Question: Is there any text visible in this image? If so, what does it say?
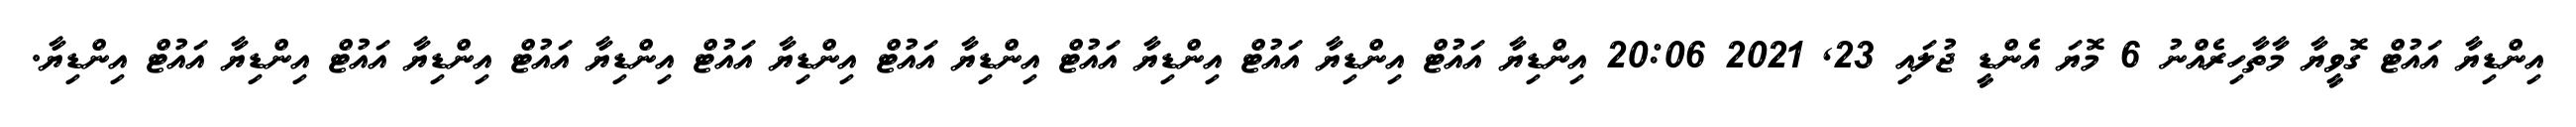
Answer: އިންޑިޔާ އައުޓް ގޮވީޔާ މާތާހިރެއްނު 6 މޮޔަ އެންޑީ ޖުލައި 23, 2021 20:06 އިންޑިޔާ އައުޓް އިންޑިޔާ އައުޓް އިންޑިޔާ އައުޓް އިންޑިޔާ އައުޓް އިންޑިޔާ އައުޓް އިންޑިޔާ އައުޓް އިންޑިޔާ އައުޓް އިންޑިޔާ އައުޓް އިންޑިޔާ.